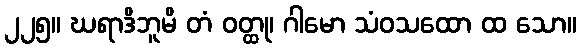
၂၂၅။ ဃရာဒိဘူမိ တံ ဝတ္ထု၊ ဂါမော သံဝသထော ထ သော။